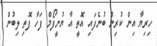
ހިރިޔާ އިން ކުރިން ބުނެފައި އޮތީ އާ ޔުނީފޯމް ފަހާ ފޮތި ލިބުން